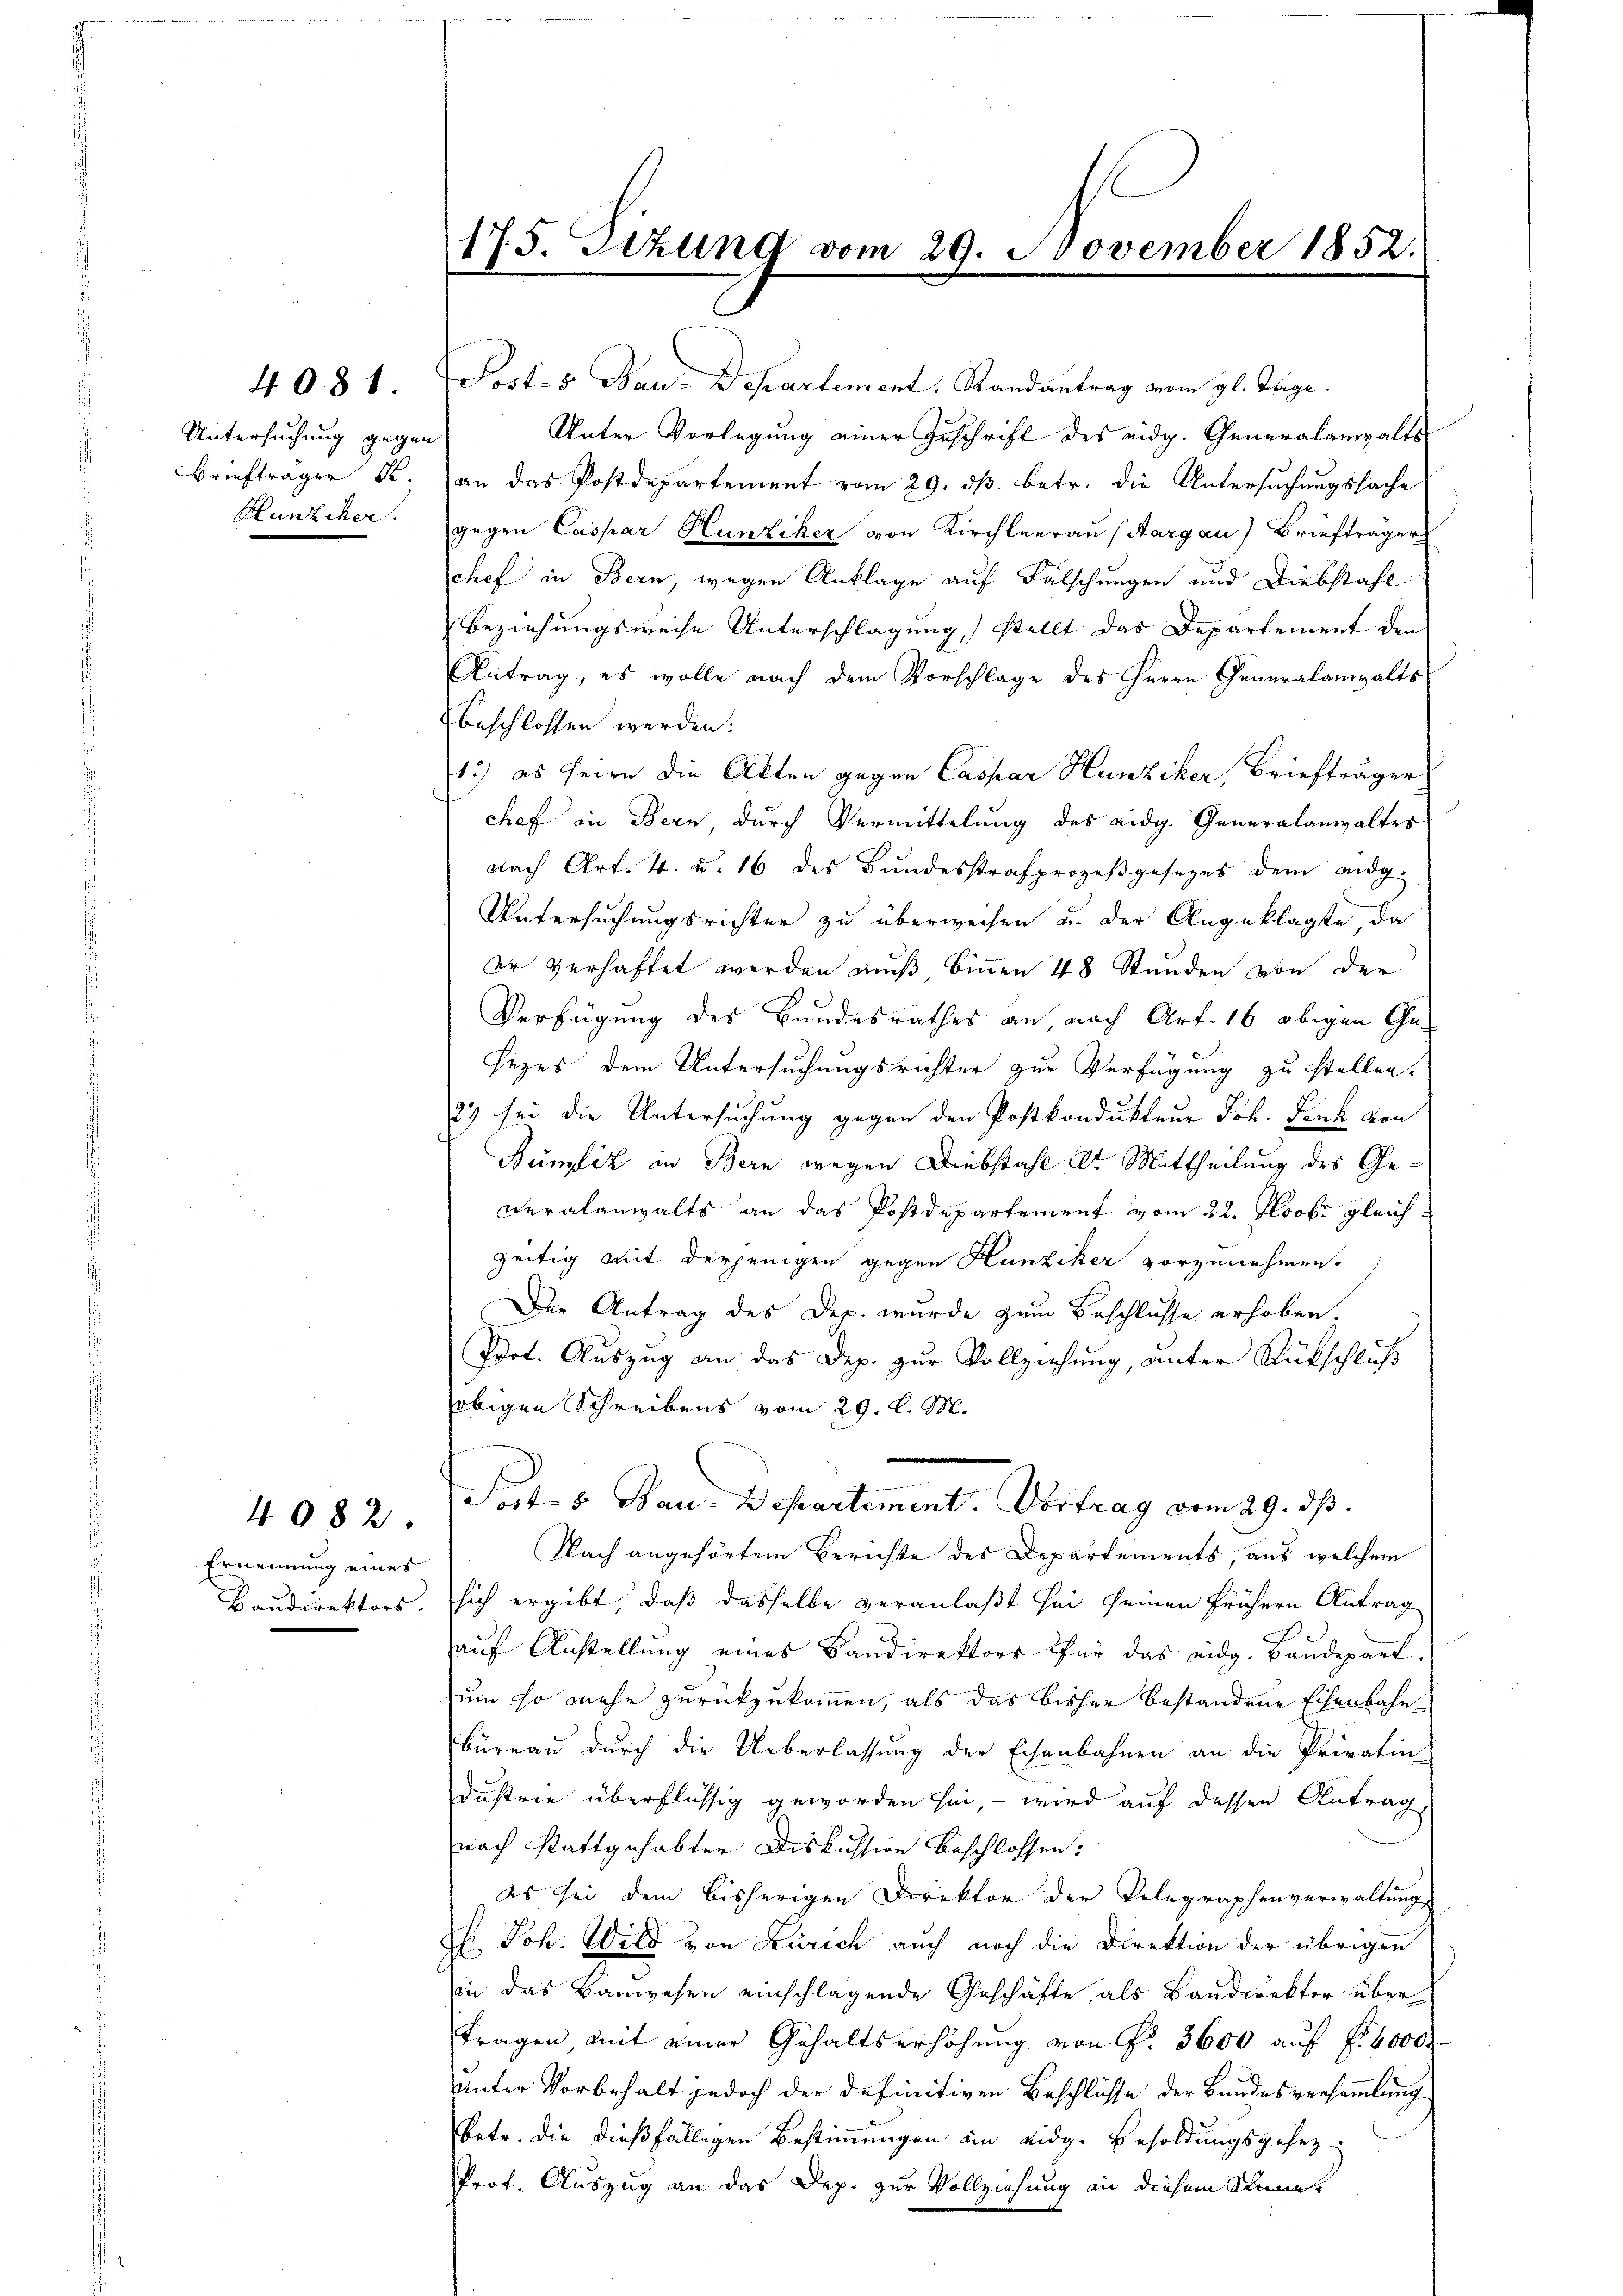
Untersuchung gegen
Brieftragen u.
Hunziker.

4081.

Ernennung eines
Baudirektors.

4082.

175. Sitzung vom 29. November 1852.
.

Post- 5. Bau-Departement. Randantrag vom gl. Tage.
Unter Vorlegung einer Zuschrift des eidg. Generalanwalts
an das Postdepartement vom 29. ds. betr. die Untersuchungssache
gegen Caspar Hunziker von Kirchleerau (Aargau) Briefträger
chef in Bern, wegen Anklage auf Fälschungen und Diebstahl
Beziehungsweise Unterschlagung) stellt das Departement den
Antrag, es wolle nach dem Vorschlage des Herrn Generalanwalts
beschlossen werden:
12) es seien die Akten gegen Caspar Hunziker, Briefträger
chef in Bern durch Vermittelung des eidg. Generalanwaltes
nach Art. 4. u. 16 des Bŭndesstrafprozeβgesetzes dem eidg.
Untersuchungsrichter zu überweisen u. der Angeklagte da
er verhaftet werden muß binnen 48 Stunden von der
Verfügung des Bundesrathes an, nach Art. 16 obigen Gesezes dem Untersuchungsrichter zur Verfügung zu stellen.
2) sei die Untersuchung gegen den Postkondukteur Joh. Lenk von
Bümfik an Bern wegen Diebstahl der Mittheilung des Ge¬
Deralanwalts an das Postdepartement vom 22. Novbr gleichzeitig mit derjenigen gegen Kunziker vorzunehmen.
Der Antrag des Dep. wurde zum Beschlusse erhoben.
Prot. Auszug an das Dep. zur Vollziehung, unter Rückschluß
obigen Schreibens vom 29. d. M.
Part. 5. Bau. Departement. Vortrag vom 29. ds.
Nach angehörtem Berichte des Departements, aus welchem
sich ergibt, daß dasselbe veranlaßt sei seinen frühern Antrag
auf Anstellung eines Bandirektors für das eidg. Baudepart.
zum so mehr zurückzukommen, als das bisher bestandene Eisenbahn
Büreau durch die Ueberlassung der Eisenbahnen an die Privatin-
dustrie überflüssig geworden sei, – wird auf dessen Antrag,
nach Stattgehabten Diskussion beschlossen:
es sei dem bisherigen Direktor der Telegraphenverwaltungs
H. Joh. Wild von Zürich auch noch die Direktion der übrigen
(in das Bauwesen einschlagende Geschäfte, als Bandirektor über
tragen mit einer Gehaltserhöhung von Fr. 3600 auf f. 6000.
Unter Vorbehalt jedoch der definitiven Beschlüsse der Bandesversammlung
Betr. die dießfälligen Bestimmungen im eidg. Besoldungsgesez¬
Prof. Auszug an das Dep. zur Vollziehung an diesem Sinne